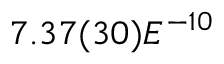
7 . 3 7 ( 3 0 ) E ^ { - 1 0 }